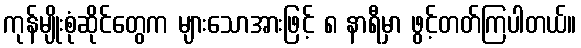
ကုန်မျိုးစုံဆိုင်တွေက များသောအားဖြင့် ၈ နာရီမှာ ဖွင့်တတ်ကြပါတယ်။